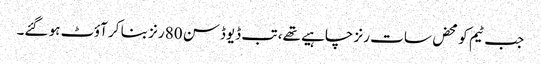
جب ٹیم کو محض سات رنز چاہیے تھے، تب ڈیوڈسن 80 رنز بنا کر آؤٹ ہو گئے۔